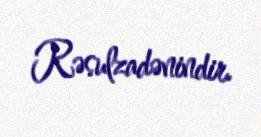
Rəsulzadənindir.